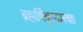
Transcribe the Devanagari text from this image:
ब्रह्मर्षिवृन्दारकः।